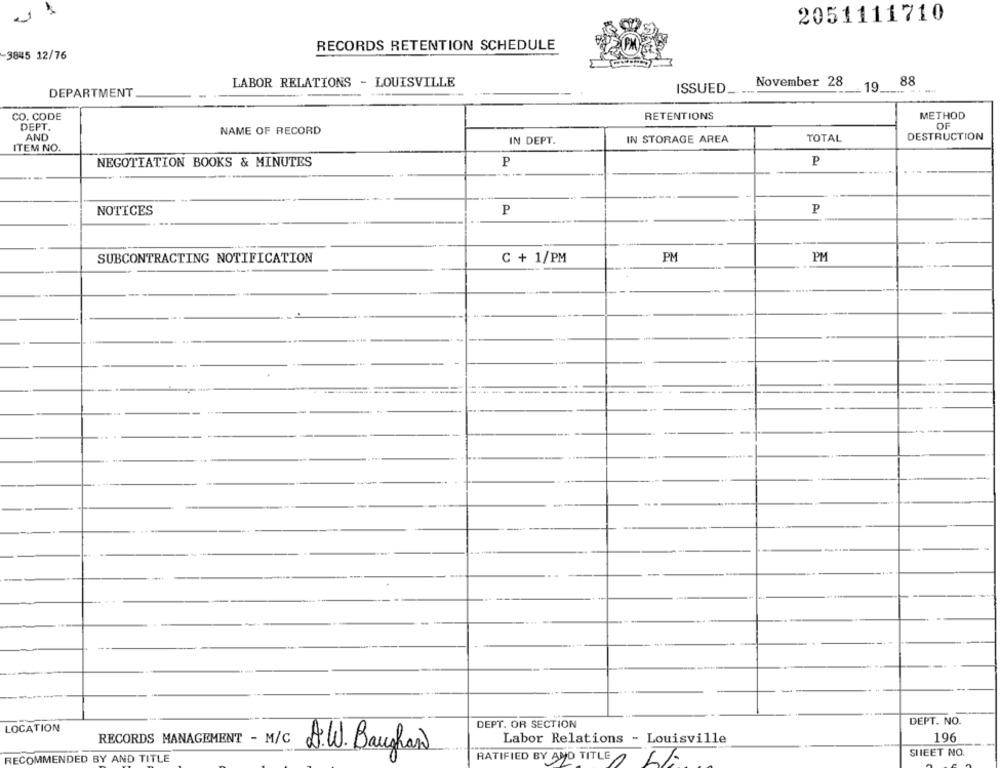
2051111710
RECORDS RETENTION SCHEDULE
3845 12/76
LABOR RELATIONS - LOUISVILLE
November 28
88
ISSUED.
19
DEPARTMENT
CO. CODE
RETENTIONS
METHOD
OF
DEPT.
NAME OF RECORD
AND
IN STORAGE AREA
TOTAL
DESTRUCTION
IN DEPT.
ITEM NO.
P
NEGOTIATION BOOKS & MINUTES
P
NOTICES
P
P
SUBCONTRACTING NOTIFICATION
C + 1/PM
PM
PM
DEPT. NO.
LOCATION
DEPT. OR SECTION
Labor Relations - Louisville
196
RECORDS MANAGEMENT - M/C
S.W. Baughand
SHEET NO.
RECOMMENDED BY AND TITLE
RATIFIED BY AND TITLE